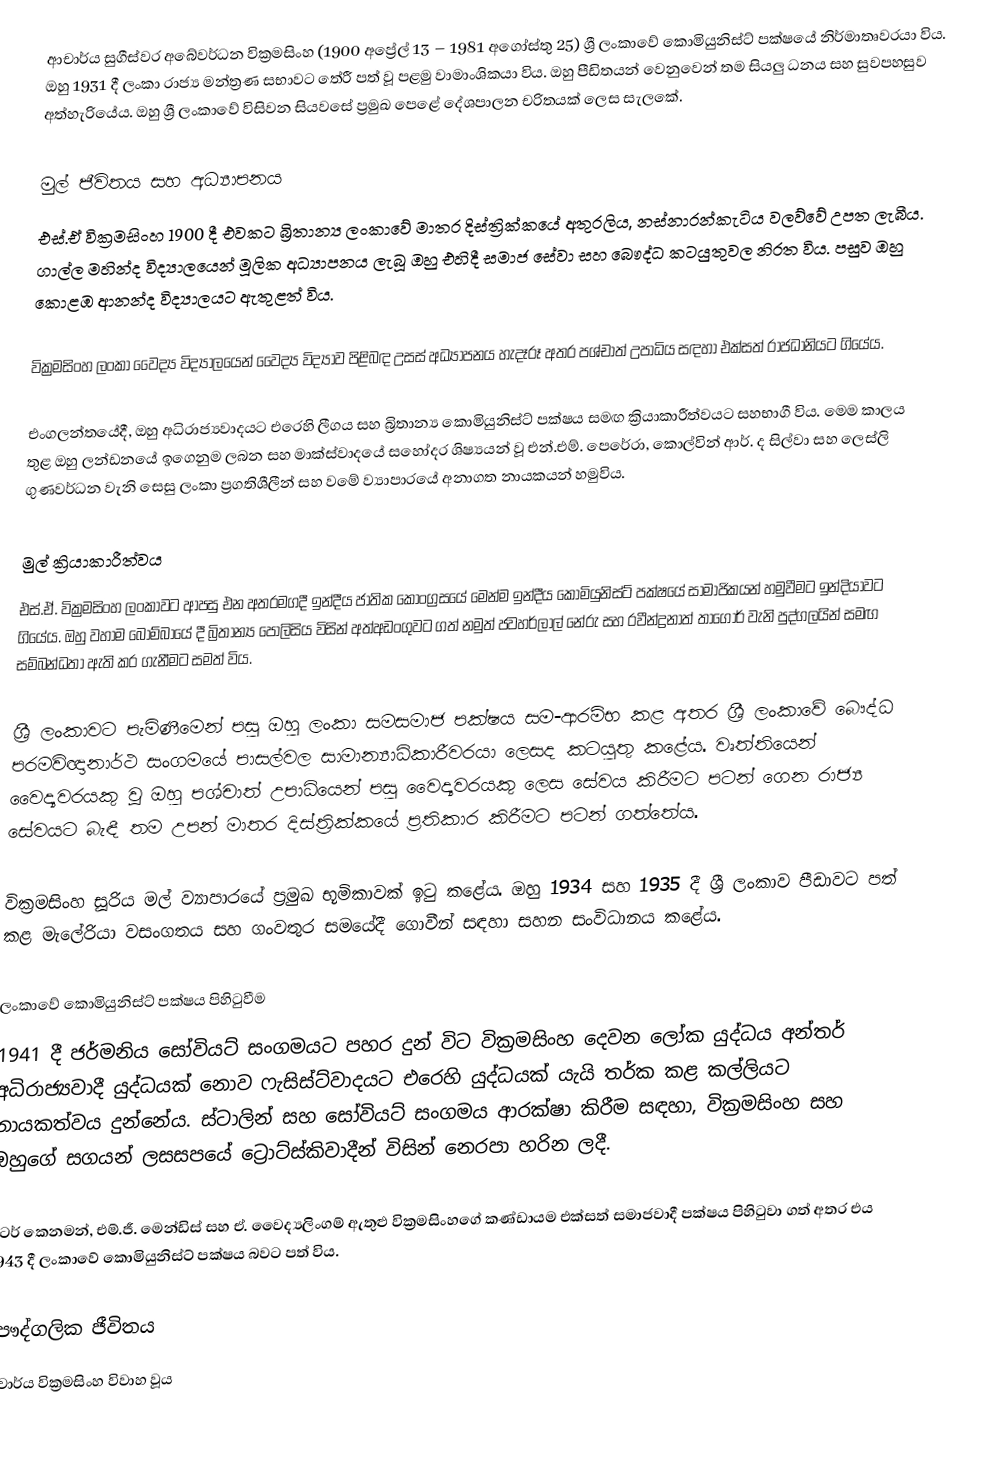
ආචාර්ය සුගීස්වර අබේවර්ධන වික්‍රමසිංහ (1900 අප්‍රේල් 13 – 1981 අගෝස්තු 25) ශ්‍රී ලංකාවේ කොමියුනිස්ට් පක්ෂයේ නිර්මාතෘවරයා විය.  ඔහු 1931 දී ලංකා රාජ්‍ය මන්ත්‍රණ සභාවට තේරී පත් වූ පළමු වාමාංශිකයා විය. ඔහු පීඩිතයන් වෙනුවෙන් තම සියලු ධනය සහ සුවපහසුව අත්හැරියේය. ඔහු ශ්‍රී ලංකාවේ විසිවන සියවසේ ප්‍රමුඛ පෙළේ දේශපාලන චරිතයක් ලෙස සැලකේ.

මුල් ජීවිතය සහ අධ්‍යාපනය
එස්.ඒ වික්‍රමසිංහ 1900 දී එවකට බ්‍රිතාන්‍ය ලංකාවේ මාතර දිස්ත්‍රික්කයේ අතුරලිය, නස්නාරන්කැටිය වලව්වේ උපත ලැබීය. ගාල්ල මහින්ද විද්‍යාලයෙන් මූලික අධ්‍යාපනය ලැබූ ඔහු එහිදී සමාජ සේවා සහ බෞද්ධ කටයුතුවල නිරත විය. පසුව ඔහු කොළඹ ආනන්ද විද්‍යාලයට ඇතුළත් විය.

වික්‍රමසිංහ ලංකා වෛද්‍ය විද්‍යාලයෙන් වෛද්‍ය විද්‍යාව පිළිබඳ උසස් අධ්‍යාපනය හැදෑරූ අතර පශ්චාත් උපාධිය සඳහා එක්සත් රාජධානියට ගියේය.

එංගලන්තයේදී, ඔහු අධිරාජ්‍යවාදයට එරෙහි ලීගය සහ බ්‍රිතාන්‍ය කොමියුනිස්ට් පක්ෂය සමඟ ක්‍රියාකාරීත්වයට සහභාගී විය. මෙම කාලය තුළ ඔහු ලන්ඩනයේ ඉගෙනුම ලබන සහ මාක්ස්වාදයේ සහෝදර ශිෂ්‍යයන් වූ එන්.එම්. පෙරේරා, කොල්වින් ආර්. ද සිල්වා සහ ලෙස්ලි ගුණවර්ධන වැනි සෙසු ලංකා ප්‍රගතිශීලීන් සහ වමේ ව්‍යාපාරයේ අනාගත නායකයන් හමුවිය.

මුල් ක්‍රියාකාරීත්වය
එස්.ඒ. වික්‍රමසිංහ ලංකාවට ආපසු එන අතරමගදී ඉන්දීය ජාතික කොංග්‍රසයේ මෙන්ම ඉන්දීය කොමියුනිස්ට් පක්ෂයේ සාමාජිකයන් හමුවීමට ඉන්දියාවට ගියේය. ඔහු වහාම බොම්බායේ දී බ්‍රිතාන්‍ය පොලිසිය විසින් අත්අඩංගුවට ගත් නමුත් ජවහර්ලාල් නේරු සහ රවීන්ද්‍රනාත් තාගෝර් වැනි පුද්ගලයින් සමඟ සම්බන්ධතා ඇති කර ගැනීමට සමත් විය.

ශ්‍රී ලංකාවට පැමිණීමෙන් පසු ඔහු ලංකා සමසමාජ පක්ෂය සම-ආරම්භ කළ අතර ශ්‍රී ලංකාවේ බෞද්ධ පරමවිඥානාර්ථ සංගමයේ පාසල්වල සාමාන්‍යාධිකාරීවරයා ලෙසද කටයුතු කළේය. වෘත්තියෙන් වෛද්‍යවරයකු වූ ඔහු පශ්චාත් උපාධියෙන් පසු වෛද්‍යවරයකු ලෙස සේවය කිරීමට පටන් ගෙන රාජ්‍ය සේවයට බැඳී තම උපන් මාතර දිස්ත්‍රික්කයේ ප්‍රතිකාර කිරීමට පටන් ගත්තේය.

වික්‍රමසිංහ සූරිය මල් ව්‍යාපාරයේ ප්‍රමුඛ භූමිකාවක් ඉටු කළේය. ඔහු 1934 සහ 1935 දී ශ්‍රී ලංකාව පීඩාවට පත් කළ මැලේරියා වසංගතය සහ ගංවතුර සමයේදී ගොවීන් සඳහා සහන සංවිධානය කළේය.

ලංකාවේ කොමියුනිස්ට් පක්ෂය පිහිටුවීම
1941 දී ජර්මනිය සෝවියට් සංගමයට පහර දුන් විට වික්‍රමසිංහ දෙවන ලෝක යුද්ධය අන්තර් අධිරාජ්‍යවාදී යුද්ධයක් නොව ෆැසිස්ට්වාදයට එරෙහි යුද්ධයක් යැයි තර්ක කළ කල්ලියට නායකත්වය දුන්නේය. ස්ටාලින් සහ සෝවියට් සංගමය ආරක්ෂා කිරීම සඳහා, වික්‍රමසිංහ සහ ඔහුගේ සගයන් ලසසපයේ ට්‍රොට්ස්කිවාදීන් විසින් නෙරපා හරින ලදී.

පීටර් කෙනමන්, එම්.ජී. මෙන්ඩිස් සහ ඒ. වෛද්‍යලිංගම් ඇතුළු වික්‍රමසිංහගේ කණ්ඩායම එක්සත් සමාජවාදී පක්ෂය පිහිටුවා ගත් අතර එය 1943 දී ලංකාවේ කොමියුනිස්ට් පක්ෂය බවට පත් විය.

පෞද්ගලික ජීවිතය
ආචාර්ය වික්‍රමසිංහ විවාහ වූය